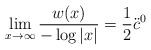
\begin{align*}\lim_{x\to \infty} \frac{w(x)}{- \log|x|} = \frac1 2 \ddot c^0 \end{align*}